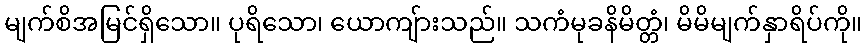
မျက်စိအမြင်ရှိသော။ ပုရိသော၊ ယောကျ်ားသည်။ သကံမုခနိမိတ္တံ၊ မိမိမျက်နှာရိပ်ကို။